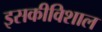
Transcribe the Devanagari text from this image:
इसकीविशाल